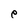
Character: e